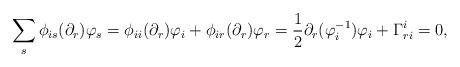
LaTeX: \begin{align*} \sum_s\phi_{is}(\partial_r)\varphi_s&=\phi_{ii}(\partial_r)\varphi_i+\phi_{ir}(\partial_r)\varphi_r=\frac{1}{2}\partial_r(\varphi^{-1}_i)\varphi_i+\Gamma_{ri}^i=0, \end{align*}